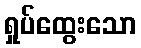
ရှုပ်ထွေးသော